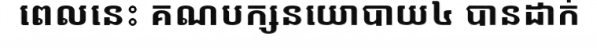
ពេលនេះ គណបក្សនយោបាយ៤ បានដាក់